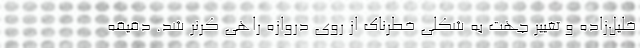
خلیل‌زاده و تغییر جهت به شکلی خطرناک از روی دروازه راهی کرنر شد. دقیقه